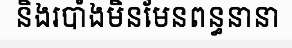
និងរបាំងមិនមែនពន្ធនានា